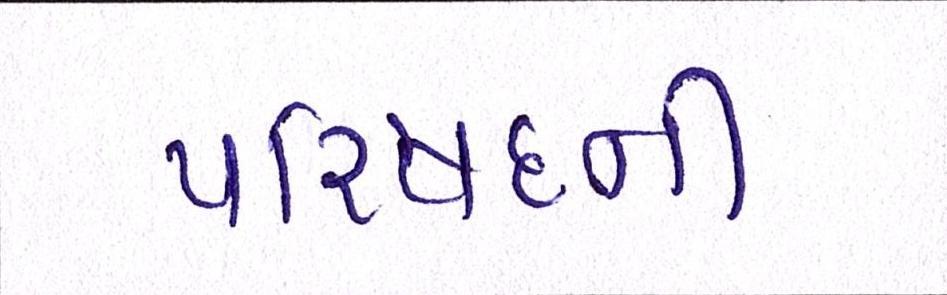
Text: પરિષદની